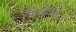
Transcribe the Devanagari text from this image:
तैलोत्तमा